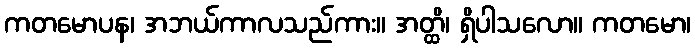
ကတမောပန၊ အဘယ်ကာလသည်ကား။ အတ္ထိ၊ ရှိပါသလော။ ကတမော၊